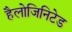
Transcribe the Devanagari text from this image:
हैलोजिनिटेड